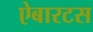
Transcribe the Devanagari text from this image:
ऐबारटस